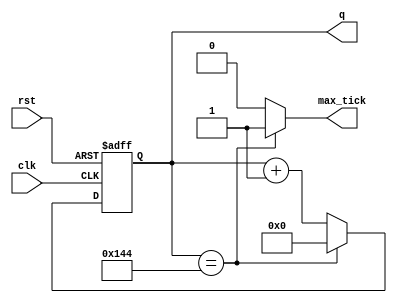
module mod_m_counter
	#(
		parameter N=9, //number of bits in counter
					 M=325	//mod-M 325 = 9600 BAUDS
	)
	(
		input wire clk, rst,
		output wire max_tick,
		output wire [N-1:0] q
	);
	
	reg [N-1:0] r_reg;
	wire [N-1:0] r_next;
	
	always @(posedge clk or negedge rst) begin
		if(~rst)
			r_reg <= 0;
		else
			r_reg <= r_next;
	end
	
	assign r_next = (r_reg == (M - 1)) ? 0 : r_reg + 1;
	assign q = r_reg;
	assign max_tick = (r_reg == (M - 1)) ? 1'b1 : 1'b0;

endmodule